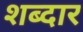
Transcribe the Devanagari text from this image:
शब्दार